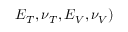
E _ { T } , \nu _ { T } , E _ { V } , \nu _ { V } )